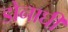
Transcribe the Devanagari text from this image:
डोनाघी